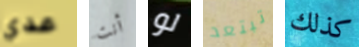
عدي أنت لو تبتعد كذلك